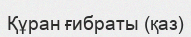
Құран ғибраты (қаз)